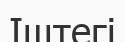
Іштегі